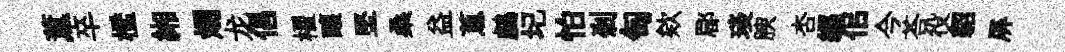
薫卒檻緗燭龙倡櫂釀堅桑益蔥鸕圮怕剎匋欸郿琰腴杏纒佀今荅役貂屏